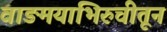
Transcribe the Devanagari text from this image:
वाङमयाभिरुचीतून